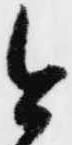
今